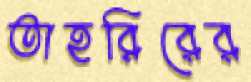
তাহরিরের